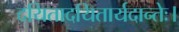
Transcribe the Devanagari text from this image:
दयितादयितार्यदान्तेः।